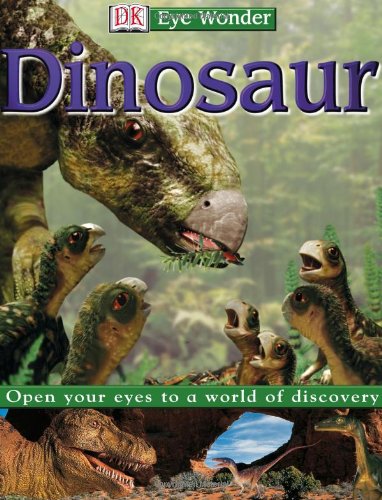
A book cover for Dinosaur (Eye Wonder); Sarah Walker; Children's Books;